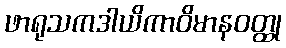
ဖာရုသကဒါယိကာဝိမာနဝတ္ထု